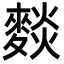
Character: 𮭽